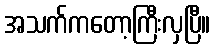
အသက်ကတော့ကြီးလှပြီ။